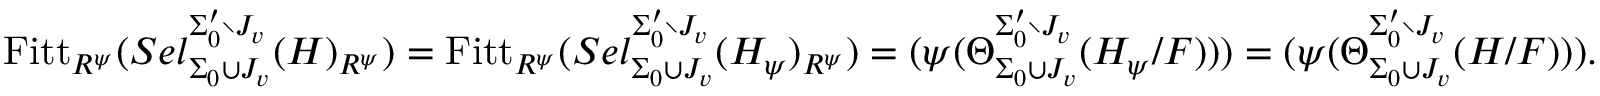
\mathrm { F i t t } _ { R ^ { \psi } } ( S e l _ { \Sigma _ { 0 } \cup J _ { v } } ^ { \Sigma _ { 0 } ^ { \prime } \setminus J _ { v } } ( H ) _ { R ^ { \psi } } ) = \mathrm { F i t t } _ { R ^ { \psi } } ( S e l _ { \Sigma _ { 0 } \cup J _ { v } } ^ { \Sigma _ { 0 } ^ { \prime } \setminus J _ { v } } ( H _ { \psi } ) _ { R ^ { \psi } } ) = ( \psi ( \Theta _ { \Sigma _ { 0 } \cup J _ { v } } ^ { \Sigma _ { 0 } ^ { \prime } \setminus J _ { v } } ( H _ { \psi } / F ) ) ) = ( \psi ( \Theta _ { \Sigma _ { 0 } \cup J _ { v } } ^ { \Sigma _ { 0 } ^ { \prime } \setminus J _ { v } } ( H / F ) ) ) .